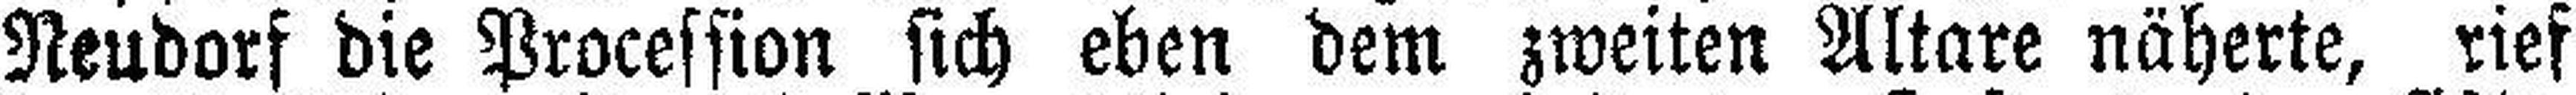
Neudorf die Procession sich eben dem zweiten Altare näherte, rief